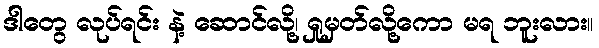
ဒါတွေ လုပ်ရင်း နဲ့ ဆောင်လို့၊ ရှုမှတ်လို့ကော မရ ဘူးလား။